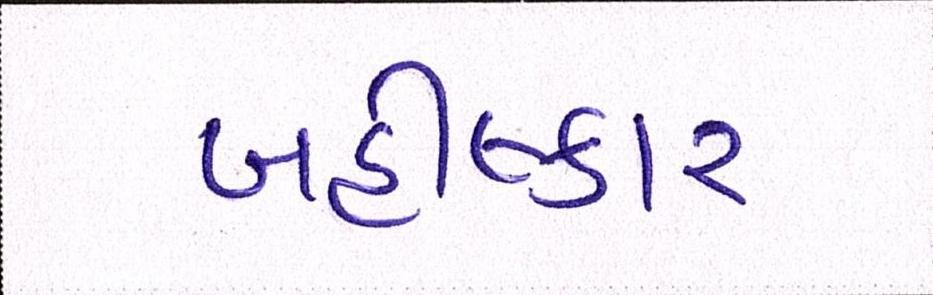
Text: બહીષ્કાર